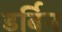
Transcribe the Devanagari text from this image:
डर्बिन